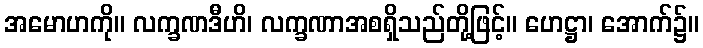
အမောဟကို။ လက္ခဏဒီဟိ၊ လက္ခဏာအစရှိသည်တို့ဖြင့်။ ဟေဋ္ဌာ၊ အောက်၌။